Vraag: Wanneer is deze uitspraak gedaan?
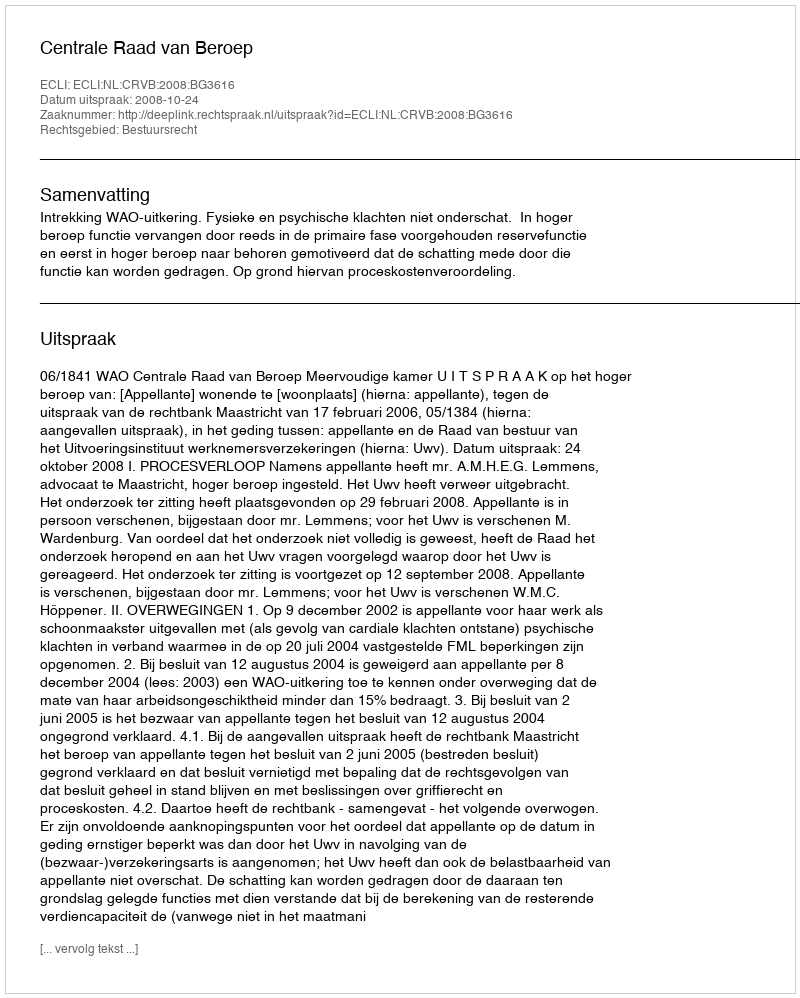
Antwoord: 2008-10-24